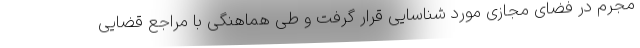
مجرم در فضای مجازی مورد شناسایی قرار گرفت و طی هماهنگی با مراجع قضایی